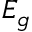
E _ { g }